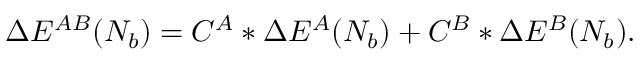
\begin{array} { r } { \Delta E ^ { A B } ( N _ { b } ) = C ^ { A } * \Delta E ^ { A } ( N _ { b } ) + C ^ { B } * \Delta E ^ { B } ( N _ { b } ) . } \end{array}